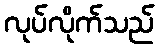
လုပ်လိုက်သည်